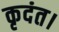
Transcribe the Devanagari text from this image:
कृदंत।